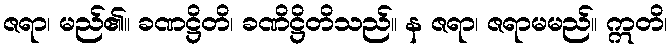
ဇရာ၊ မည်၏။ ခဏဋ္ဌိတိ၊ ခဏိဋ္ဌိတိသည်။ န ဇရာ၊ ဇရာမမည်။ ဣတိ၊